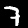
Label: 7